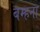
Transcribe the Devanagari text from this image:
बम्‍हना